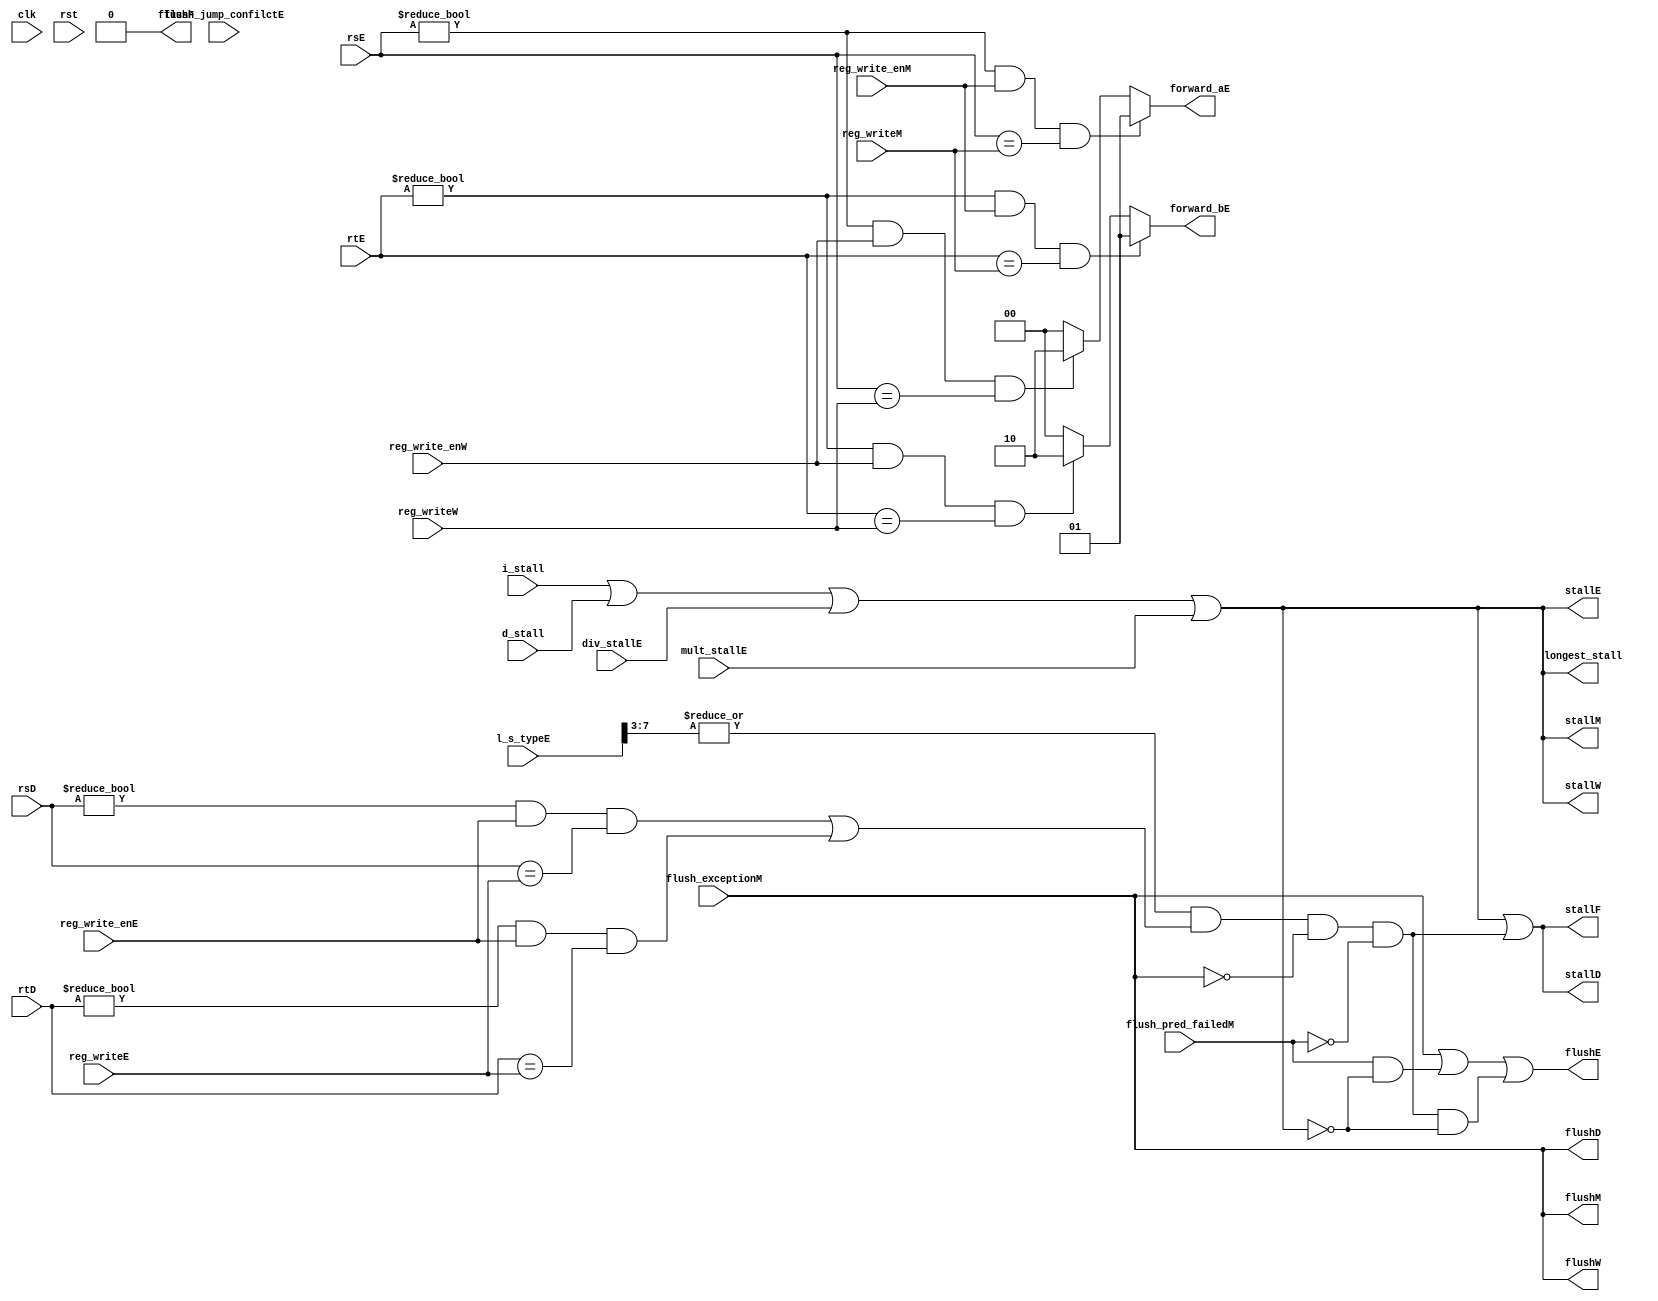
module hazard (
    input wire clk,rst,
    input wire i_stall,
    input wire d_stall,
    input wire div_stallE,
    input wire mult_stallE,
    input wire [7:0] l_s_typeE,

    input wire flush_jump_confilctE, flush_pred_failedM, flush_exceptionM,

    input wire [4:0] rsE, rsD,
    input wire [4:0] rtE, rtD,
    input wire reg_write_enE, reg_write_enM, reg_write_enW,
    input wire [4:0] reg_writeE, reg_writeM, reg_writeW,
    
    output wire stallF, stallD, stallE, stallM, stallW, longest_stall,
    output wire flushF, flushD, flushE, flushM, flushW,
    output wire [1:0] forward_aE, forward_bE
);
    assign forward_aE = rsE != 0 && reg_write_enM && (rsE == reg_writeM) ? 2'b01 :
                        rsE != 0 && reg_write_enW && (rsE == reg_writeW) ? 2'b10 :
                        2'b00;
    assign forward_bE = rtE != 0 && reg_write_enM && (rtE == reg_writeM) ? 2'b01 :
                        rtE != 0 && reg_write_enW && (rtE == reg_writeW) ? 2'b10 :
                        2'b00;
    wire stall_ltypeD; // lwmem IDadd EXElwwb
    assign stall_ltypeD = |(l_s_typeE[7:3]) & ((rsD != 0 && reg_write_enE && (rsD == reg_writeE)) || 
                                               (rtD != 0 && reg_write_enE && (rtD == reg_writeE))
                                              ) & ~flush_exceptionM & ~flush_pred_failedM; //MD
    
    assign longest_stall = i_stall | d_stall | div_stallE | mult_stallE;
    
    assign stallF = longest_stall | stall_ltypeD;
    assign stallD = longest_stall | stall_ltypeD;
    assign stallE = longest_stall;
    assign stallM = longest_stall;
    assign stallW = longest_stall;

    /* flushflush
    */
    assign flushF = 1'b0;
    assign flushD = flush_exceptionM;
    assign flushE = flush_exceptionM | (flush_pred_failedM & ~longest_stall) | (stall_ltypeD & ~longest_stall);     
    assign flushM = flush_exceptionM;
    assign flushW = flush_exceptionM;
endmodule